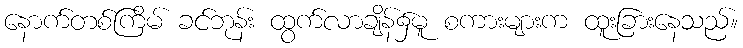
နောက်တစ်ကြိမ် ခင်ဘုန်း ထွက်လာချိန်၌မူ စကားများက ထူးခြားနေသည်။